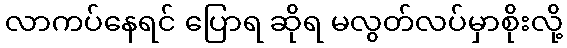
လာကပ်နေရင် ပြောရ ဆိုရ မလွတ်လပ်မှာစိုးလို့